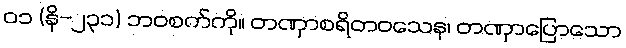
၀၁ (နိ-၂၃၁) ဘဝစက်ကို။ တဏှာစရိတဝသေန၊ တဏှာပြောသော